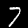
Label: 7